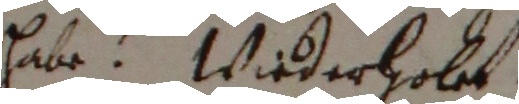
habe? Wiederhobet.